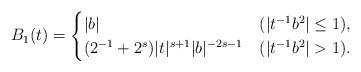
LaTeX: \begin{align*}B_1(t)=\begin{cases}|b| & (|t^{-1}b^2|\le 1),\\(2^{-1}+2^{s})|t|^{s+1}|b|^{-2s-1} & (|t^{-1}b^2|>1).\end{cases}\end{align*}